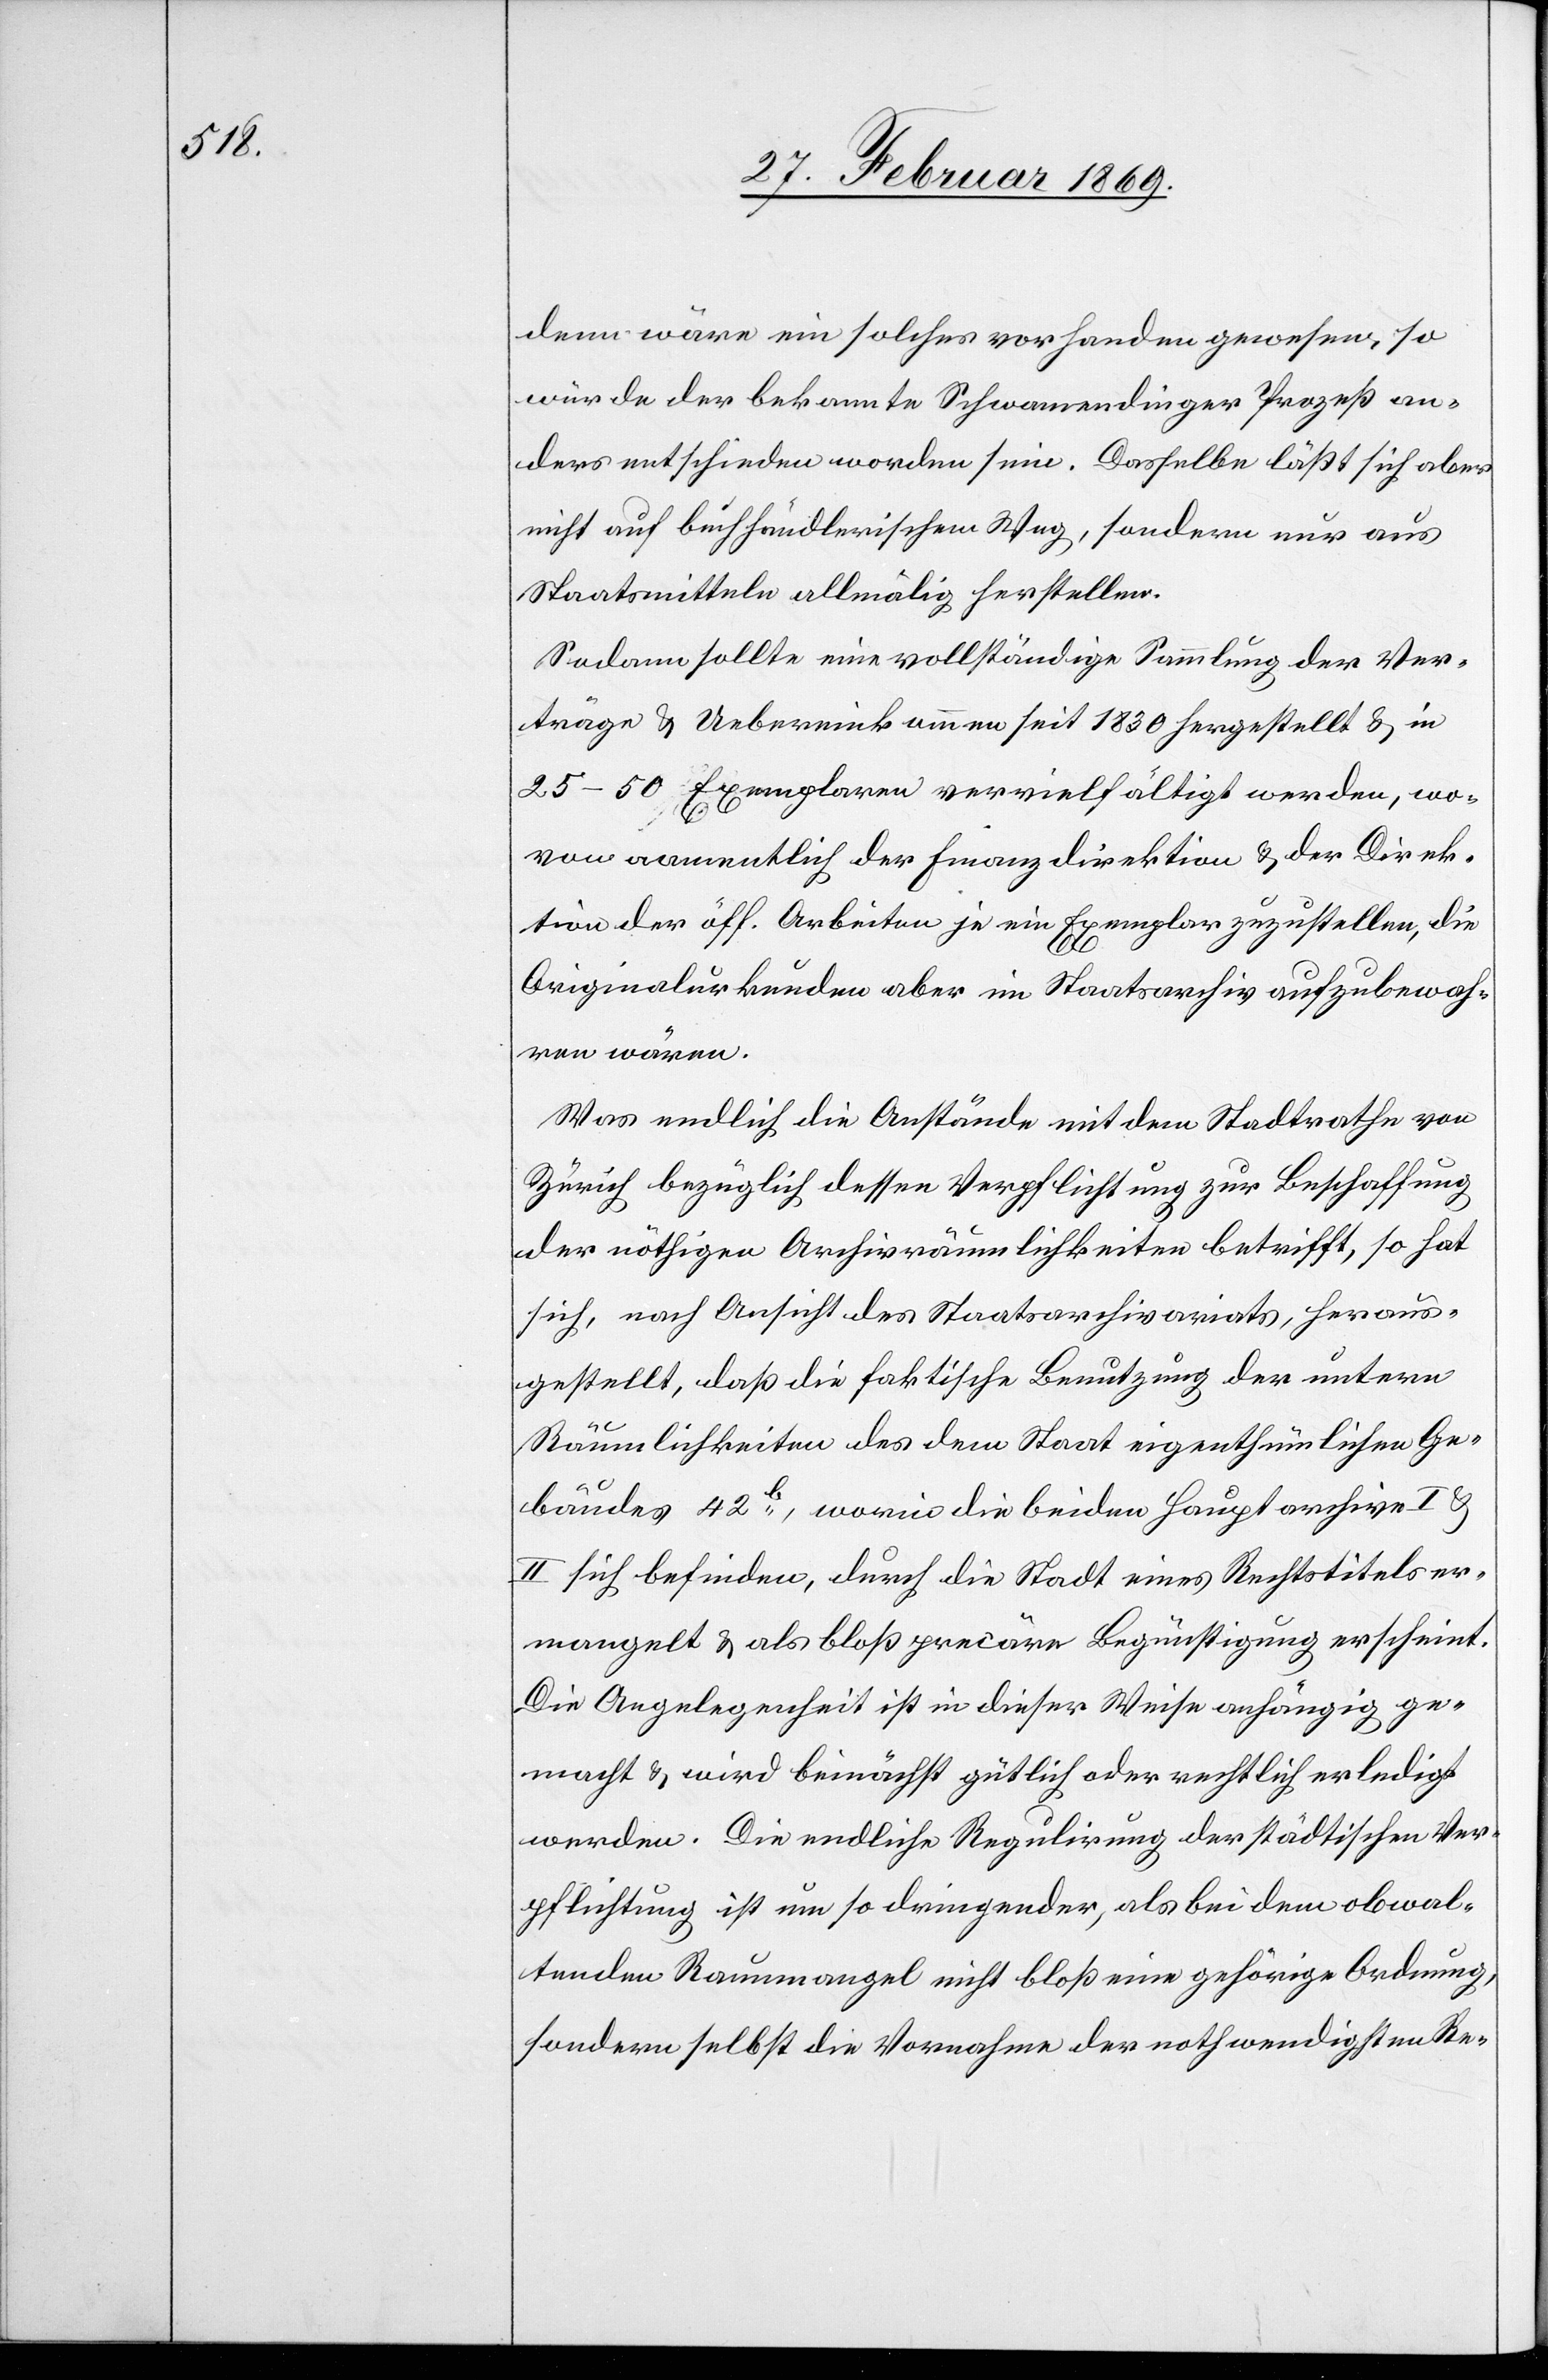
denn wäre ein solches vorhanden gewesen, so
würde der bekannte Schwamendinger Prozeß an¬
ders entschieden worden sein. Dasselbe läßt sich aber
nicht auf buchhändlerischem Weg, sondern nur aus
Staatsmitteln allmälig herstellen.
Sodann sollte eine vollständige Sammlung der Ver¬
träge & Uebereinkommen seit 1830 hergestellt & in
25–50 Exemplaren vervielfältigt werden, wo¬
von namentlich der Finanzdirektion & der Direk¬
tion der öff. Arbeiten je ein Exemplar zuzustellen, die
Originalurkunden aber im Staatsarchiv aufzubewah¬
ren wären.
Was endlich die Anstände mit dem Stadtrathe von
Zürich bezüglich dessen Verpflichtung zur Beschaffung
der nöthigen Archivräumlichkeiten betrifft, so hat
sich, nach Ansicht des Staatsarchivariats, heraus¬
gestellt, daß die faktische Benutzung der untern
Räumlichkeiten des dem Staat eigenthümlichen Ge¬
bäudes 42b, worin die beiden Hauptarchive I u.
II sich befinden, durch die Stadt eines Rechtstitels er¬
mangelt, & als bloß precäre Begünstigung erscheint.
Die Angelegenheit ist in dieser Weise anhängig ge¬
macht, & wird beinächst gütlich oder rechtlich erledigt
werden. Die endliche Regulirung der städtischen Ver¬
pflichtung ist um so dringender, als bei dem obwal¬
tenden Raummangel nicht bloß eine gehörige Ordnung,
sondern selbst die Vornahme der nothwendigsten Re-